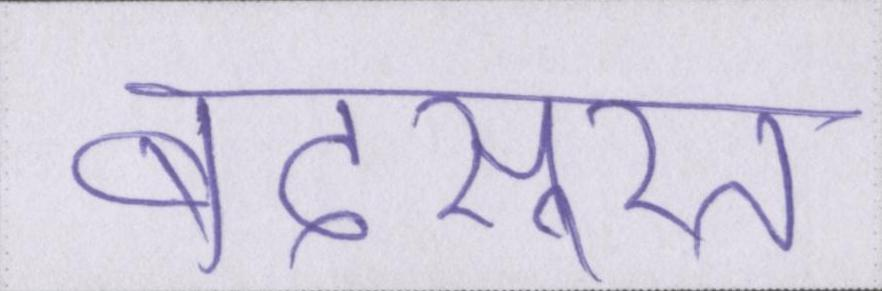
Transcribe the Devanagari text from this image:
बदसूरत